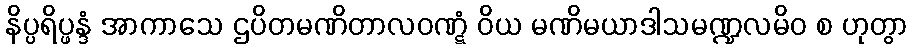
နိပ္ပရိပ္ဖန္ဒံ အာကာသေ ဌပိတမဏိတာလဝဏ္ဋံ ဝိယ မဏိမယာဒါသမဏ္ဍလမိဝ စ ဟုတွာ